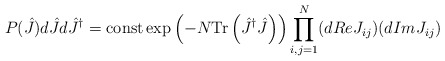
\begin{align*}P(\hat{J})d\hat{J}d\hat{J}^{\dag}=\mbox{const}\exp\left(-N\mbox{Tr}\left(\hat{J}^{\dag}\hat{J}\right)\right)\prod\limits_{i,j=1}^{N}(dReJ_{ij})(dImJ_{ij})\end{align*}